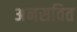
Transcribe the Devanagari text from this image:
अनसवित